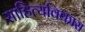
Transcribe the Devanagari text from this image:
साहित्यविकास